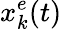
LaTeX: x_{k}^{e}(t)